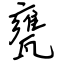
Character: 甕